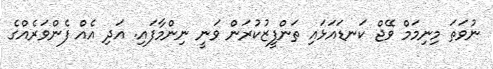
ނުވަތަ މިނިމަމް ވޭޖް ކަނޑައަޅައި ތަންފީޒުކުރަން ވަނީ ނިންމާފައި. އަދި އެއް ފެންވަރެއްގެ